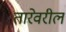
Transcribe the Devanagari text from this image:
तारेवरील